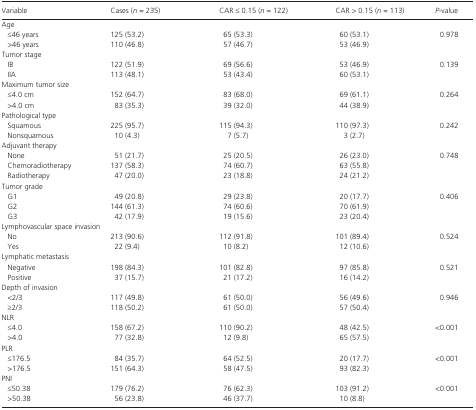
<table><thead><tr><td><b>Variable</b></td><td><b>Cases (<i>n</i> = 235)</b></td><td><b>CAR ≤ 0.15 (<i>n</i> = 122)</b></td><td><b>CAR &gt; 0.15 (<i>n</i> = 113)</b></td><td><b><i>P</i>‐value</b></td></tr></thead><tbody><tr><td colspan="5">Age</td></tr><tr><td>≤46 years</td><td>125 (53.2)</td><td>65 (53.3)</td><td>60 (53.1)</td><td rowspan="2">0.978</td></tr><tr><td>&gt;46 years</td><td>110 (46.8)</td><td>57 (46.7)</td><td>53 (46.9)</td></tr><tr><td colspan="5">Tumor stage</td></tr><tr><td>IB</td><td>122 (51.9)</td><td>69 (56.6)</td><td>53 (46.9)</td><td rowspan="2">0.139</td></tr><tr><td>IIA</td><td>113 (48.1)</td><td>53 (43.4)</td><td>60 (53.1)</td></tr><tr><td colspan="5">Maximum tumor size</td></tr><tr><td>≤4.0 cm</td><td>152 (64.7)</td><td>83 (68.0)</td><td>69 (61.1)</td><td rowspan="2">0.264</td></tr><tr><td>&gt;4.0 cm</td><td>83 (35.3)</td><td>39 (32.0)</td><td>44 (38.9)</td></tr><tr><td colspan="5">Pathological type</td></tr><tr><td>Squamous</td><td>225 (95.7)</td><td>115 (94.3)</td><td>110 (97.3)</td><td rowspan="2">0.242</td></tr><tr><td>Nonsquamous</td><td>10 (4.3)</td><td>7 (5.7)</td><td>3 (2.7)</td></tr><tr><td colspan="5">Adjuvant therapy</td></tr><tr><td>None</td><td>51 (21.7)</td><td>25 (20.5)</td><td>26 (23.0)</td><td rowspan="3">0.748</td></tr><tr><td>Chemoradiotherapy</td><td>137 (58.3)</td><td>74 (60.7)</td><td>63 (55.8)</td></tr><tr><td>Radiotherapy</td><td>47 (20.0)</td><td>23 (18.8)</td><td>24 (21.2)</td></tr><tr><td colspan="5">Tumor grade</td></tr><tr><td>G1</td><td>49 (20.8)</td><td>29 (23.8)</td><td>20 (17.7)</td><td rowspan="3">0.406</td></tr><tr><td>G2</td><td>144 (61.3)</td><td>74 (60.6)</td><td>70 (61.9)</td></tr><tr><td>G3</td><td>42 (17.9)</td><td>19 (15.6)</td><td>23 (20.4)</td></tr><tr><td colspan="5">Lymphovascular space invasion</td></tr><tr><td>No</td><td>213 (90.6)</td><td>112 (91.8)</td><td>101 (89.4)</td><td rowspan="2">0.524</td></tr><tr><td>Yes</td><td>22 (9.4)</td><td>10 (8.2)</td><td>12 (10.6)</td></tr><tr><td colspan="5">Lymphatic metastasis</td></tr><tr><td>Negative</td><td>198 (84.3)</td><td>101 (82.8)</td><td>97 (85.8)</td><td rowspan="2">0.521</td></tr><tr><td>Positive</td><td>37 (15.7)</td><td>21 (17.2)</td><td>16 (14.2)</td></tr><tr><td colspan="5">Depth of invasion</td></tr><tr><td>&lt;2/3</td><td>117 (49.8)</td><td>61 (50.0)</td><td>56 (49.6)</td><td rowspan="2">0.946</td></tr><tr><td>≥2/3</td><td>118 (50.2)</td><td>61 (50.0)</td><td>57 (50.4)</td></tr><tr><td colspan="5">NLR</td></tr><tr><td>≤4.0</td><td>158 (67.2)</td><td>110 (90.2)</td><td>48 (42.5)</td><td rowspan="2">&lt;0.001</td></tr><tr><td>&gt;4.0</td><td>77 (32.8)</td><td>12 (9.8)</td><td>65 (57.5)</td></tr><tr><td colspan="5">PLR</td></tr><tr><td>≤176.5</td><td>84 (35.7)</td><td>64 (52.5)</td><td>20 (17.7)</td><td rowspan="2">&lt;0.001</td></tr><tr><td>&gt;176.5</td><td>151 (64.3)</td><td>58 (47.5)</td><td>93 (82.3)</td></tr><tr><td colspan="5">PNI</td></tr><tr><td>≤50.38</td><td>179 (76.2)</td><td>76 (62.3)</td><td>103 (91.2)</td><td rowspan="2">&lt;0.001</td></tr><tr><td>&gt;50.38</td><td>56 (23.8)</td><td>46 (37.7)</td><td>10 (8.8)</td></tr></tbody></table>